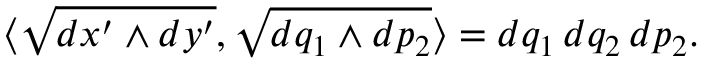
\langle \sqrt { d x ^ { \prime } \wedge d y ^ { \prime } } , \sqrt { d q _ { 1 } \wedge d p _ { 2 } } \rangle = d q _ { 1 } \, d q _ { 2 } \, d p _ { 2 } .